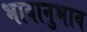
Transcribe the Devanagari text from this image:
भावानुभाव